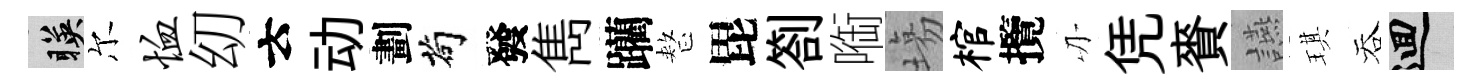
暎尔恤㓜云动劃茍發雋躪整毘劄㗸塲棺攬刃凭賚讌琪吞回